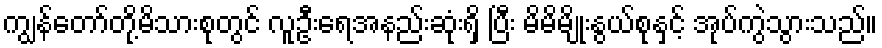
ကျွန်တော်တို့မိသားစုတွင် လူဦးရေအနည်းဆုံးရှိ ပြီး မိမိမျိုးနွယ်စုနှင့် အုပ်ကွဲသွားသည်။